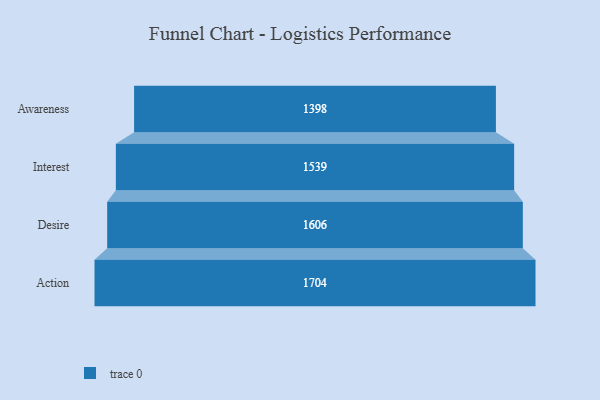
{"axis": {"x": "Stage", "y": "Value"}, "legend": [""], "data": [{"x": "Awareness", "y": 1398.0, "type": ""}, {"x": "Interest", "y": 1539.0, "type": ""}, {"x": "Desire", "y": 1606.0, "type": ""}, {"x": "Action", "y": 1704.0, "type": ""}]}